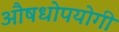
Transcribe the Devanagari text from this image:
औषधोपयोगी